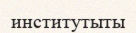
институтыты